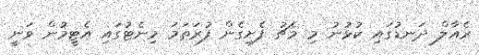
ރެއާލް ދަނޑުގައި ކުޅުނު މި މެޗު ފެށިގެން ފުރަތަމަ މިނެޓުގައި އެޓީމުން ވަނީ